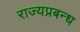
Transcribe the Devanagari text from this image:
राज्यप्रबन्ध